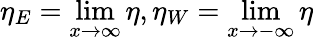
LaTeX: \eta_{E}=\operatorname*{lim}_{x\to\infty}\eta,\eta_{W}=\operatorname*{lim}_{x\to-\infty}\eta